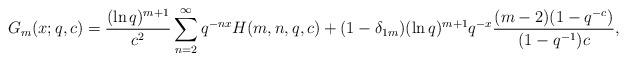
LaTeX: \begin{align*} G_m(x;q,c)=\frac {(\ln q)^{m+1}}{c^2} \sum^{\infty}_{n=2}q^{-nx}H(m,n,q,c)+(1-\delta_{1m})(\ln q)^{m+1}q^{-x}\frac {(m-2)(1-q^{-c})}{(1-q^{-1})c},\end{align*}